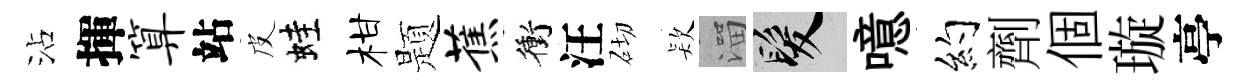
沾揮算站皮蛙柑题蕉衝汪砌𣣇溜髮噫约劑個璇亭